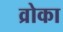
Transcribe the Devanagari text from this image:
व्रोका